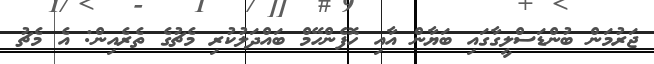
ޖަރުމަން ބުންޑަސްލީގާގައި ބަޔާން އާއި ހޮފެންހޭމް ބައްދަލުކުރި މެޗުގެ ތެރެއިން: އެ މެޗު